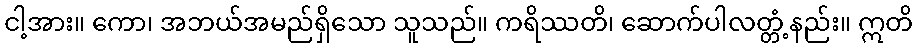
ငါ့အား။ ကော၊ အဘယ်အမည်ရှိသော သူသည်။ ကရိဿတိ၊ ဆောက်ပါလတ္တံ့နည်း။ ဣတိ